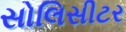
સોલિસીટર